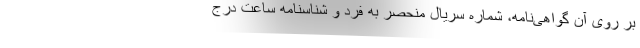
بر روی آن گواهی‌نامه، شماره سریال منحصر به فرد و شناسنامه ساعت درج